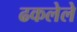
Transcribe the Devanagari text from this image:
ढकलेले